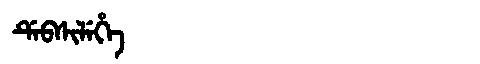
Manchu: ᡩᡝᠪᠰᡳᠯᡝᡥᡝ
Romanization: DEBSILEHE